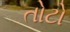
તોટો